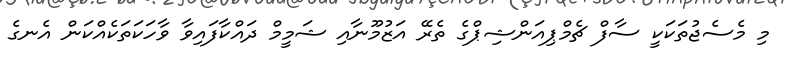
މި މެސެޖުތަކަކީ ސާފް ޗެމްޕިއަންޝިޕްގެ ތެރޭ އަޒުމޫނާއި ޝަމީމް ދައްކާފައިވާ ވާހަކަތަކެއްކަން އެނގެ